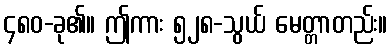
၄၈၀-ခု၏။ ဤကား ၅၂၈-သွယ် မေတ္တာတည်း။